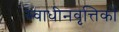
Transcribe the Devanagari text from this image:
स्वाधीनवृत्तिकों